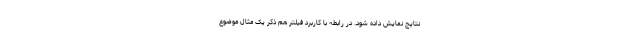
نتایج نمایش داده شود. در رابطه با کاربرد فیلتر هم ذکر یک مثال موضوع